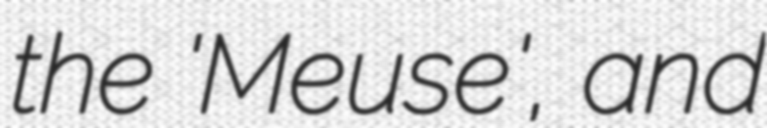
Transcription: the 'Meuse', and